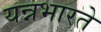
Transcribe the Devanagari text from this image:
यन्नभारते